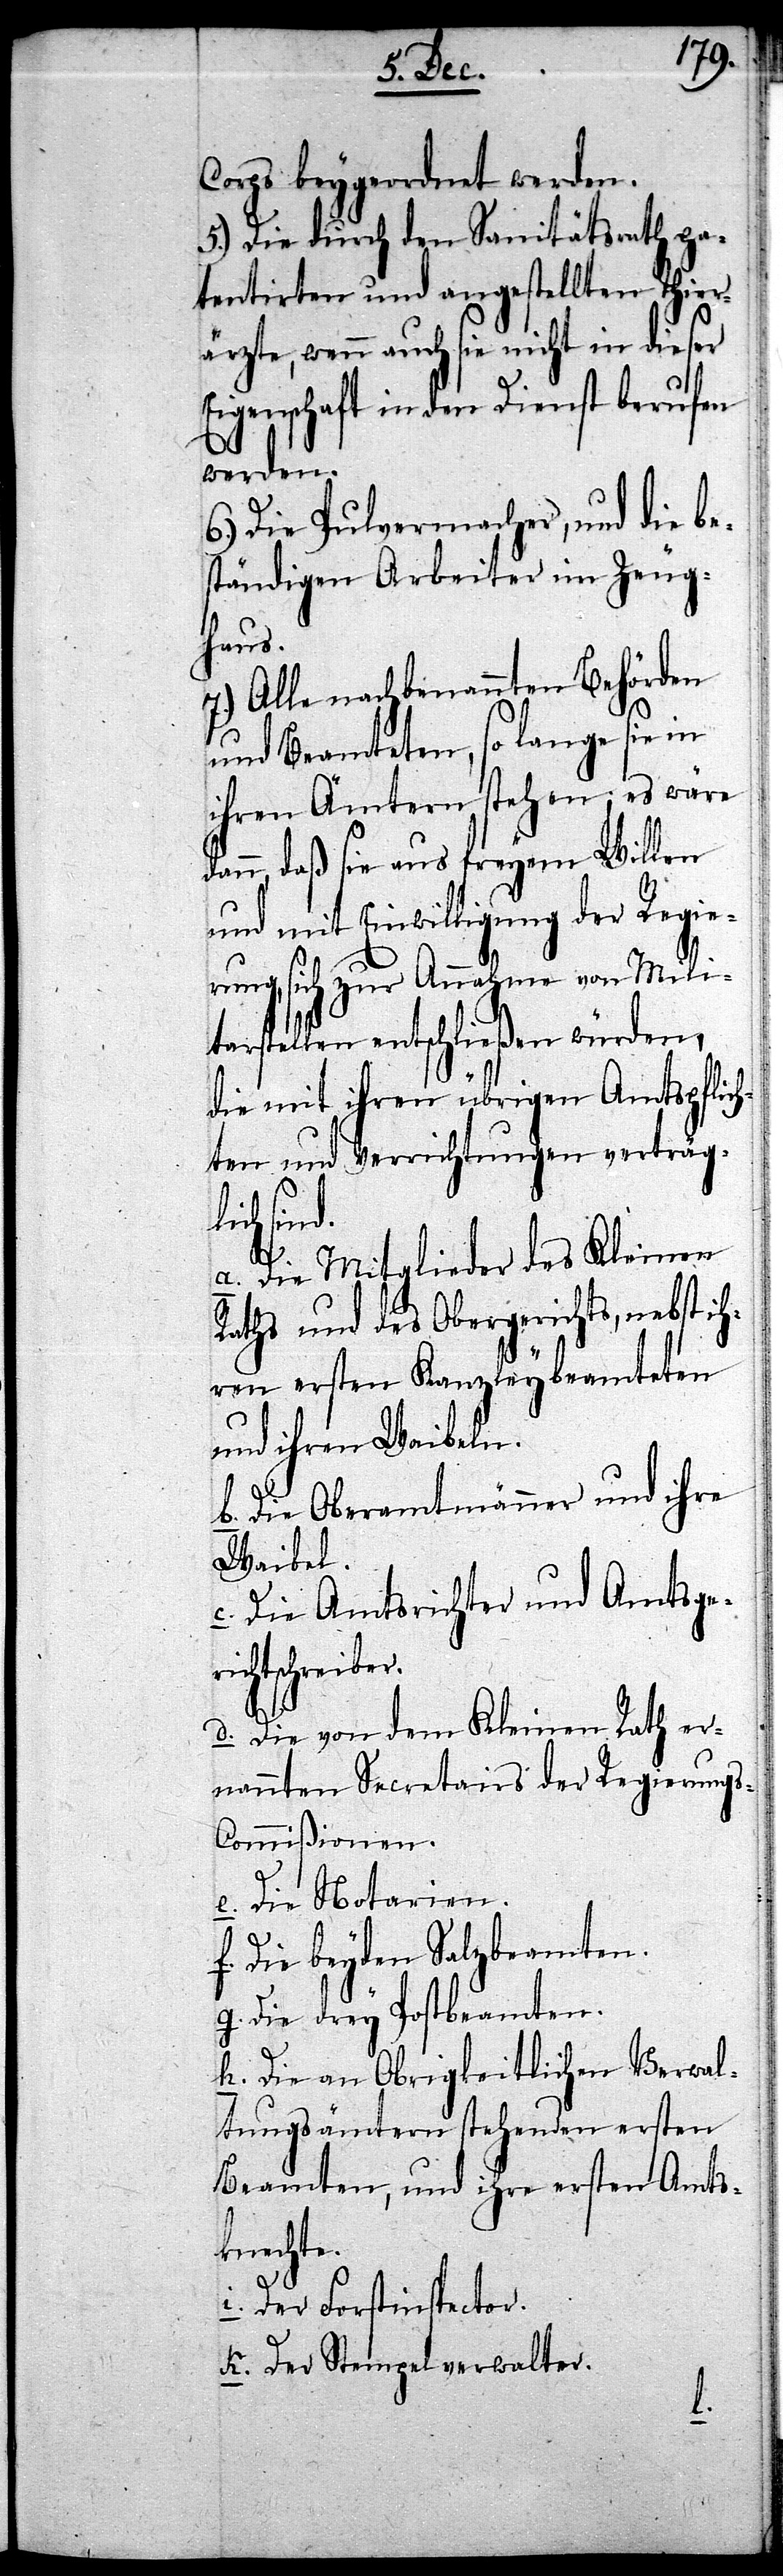
Corps beygeordnet werden.
5.) Die durch den Sanitätsrath pa¬
tentirten und angestellten Thier¬
ärzte, wenn auch sie nicht in dieser
Eigenschaft in den Dienst berufen
werden.
6.) Die Pulvermacher, und die be¬
ständigen Arbeiter im Zeug¬
haus.
7.) Alle nachbenannten Behörden
und Beamteten, so lange sie in
ihren Ämtern stehen; es wäre
dann, daß sie aus freyem Willen
und mit Einwilligung der Regie¬
rung, sich zur Annahme von Mili¬
tarstellen entschließen würden,
die mit ihren übrigen Amtspflich¬
ten und Verrichtungen verträgl¬
ichtsch¬
a. Die Mitglieder des Kleinen
Raths und des Obergerichts, nebst ih¬
ren ersten Kanzleybeamteten
und ihren Waibeln.
b. Die Oberamtmänner und ihre
reiber.
c. Die Amtsrichter und Amtsger¬
d. Die von dem Kleinen Rath er¬
nannten Secretairs der Regierung¬
s-Commißionen.
e. Die Notarien.
f. Die beyden Salzbeamten.
g. Die drey Postbeamten.
h. Die an Obrigkeitlichen Verwal¬
tungsämtern stehenden ersten
Beamten, und ihre ersten Amts¬
knechte.
i. Der Forstinspector.
k. Der Stempelverwalter.